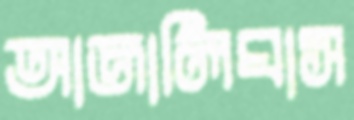
আজালিঘাস